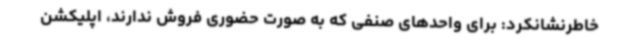
خاطرنشانکرد: برای واحدهای صنفی که به صورت حضوری فروش ندارند، اپلیکشن